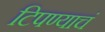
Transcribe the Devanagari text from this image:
टिपण्याचं